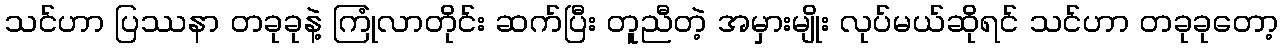
သင်ဟာ ပြဿနာ တခုခုနဲ့ ကြုံလာတိုင်း ဆက်ပြီး တူညီတဲ့ အမှားမျိုး လုပ်မယ်ဆိုရင် သင်ဟာ တခုခုတော့